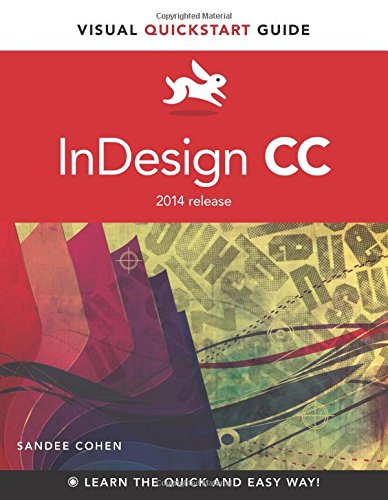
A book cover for InDesign CC: Visual QuickStart Guide (2014 release); Sandee Cohen; Arts & Photography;